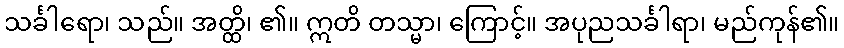
သင်္ခါရော၊ သည်။ အတ္ထိ၊ ၏။ ဣတိ တသ္မာ၊ ကြောင့်။ အပုညသင်္ခါရာ၊ မည်ကုန်၏။